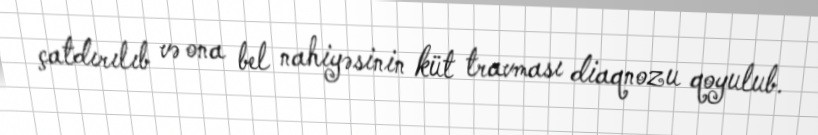
çatdırılıb və ona bel nahiyəsinin küt travması diaqnozu qoyulub.